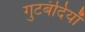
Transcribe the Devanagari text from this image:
गुटबंदियाँ